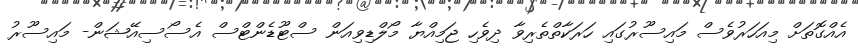
އެއްގޮތަށް މިއަހަރުވެސް މައިސޫރުގައި ހަރަކާތްތެރިވާ ދިވެހި ޖަމިއްޔާ މޯލްޑިވިއަން ސްޓޫޑެންޓްސް އެސޯސިއޭޝަން- މައިސޫރު